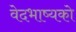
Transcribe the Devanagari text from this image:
वेदभाष्यको